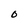
Character: O